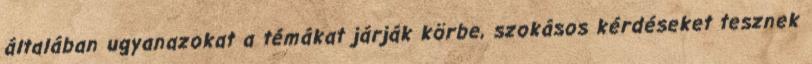
általában ugyanazokat a témákat járják körbe, szokásos kérdéseket tesznek